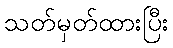
သတ်မှတ်ထားပြီး